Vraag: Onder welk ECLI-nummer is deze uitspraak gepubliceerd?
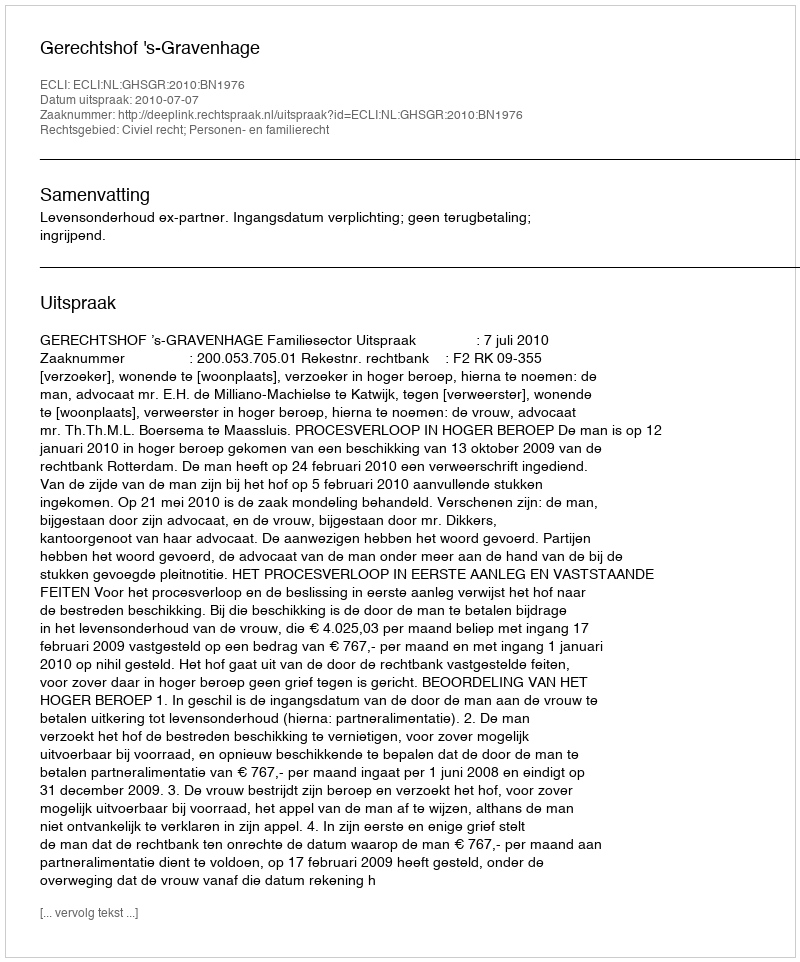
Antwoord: ECLI:NL:GHSGR:2010:BN1976